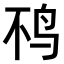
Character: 𫛜